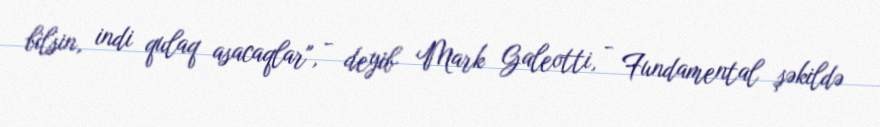
bilsin, indi qulaq asacaqlar", - deyib Mark Galeotti, - Fundamental şəkildə